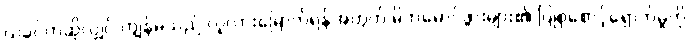
ယခင်ကဆိုလျှင် ကျွန်မသည် လူလားမြောက်ရန်အတွက် မိဘမောင်ဖွားများ၏ ပြုစုစောင့်ရှောက်မှုကို